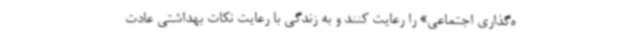
ه‌گذاری اجتماعی» را رعایت کنند و به زندگی با رعایت نکات بهداشتی عادت